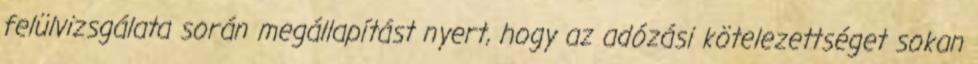
felülvizsgálata során megállapítást nyert, hogy az adózási kötelezettséget sokan